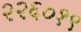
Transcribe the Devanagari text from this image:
२२६०१९